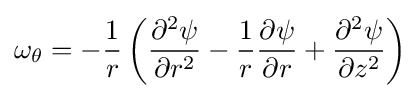
\omega _{\theta }=-{\frac {1}{r}}\left({\frac {\partial ^{2}\psi }{\partial r^{2}}}-{\frac {1}{r}}{\frac {\partial \psi }{\partial r}}+{\frac {\partial ^{2}\psi }{\partial z^{2}}}\right)